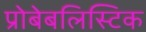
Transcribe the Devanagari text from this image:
प्रोबेबलिस्टिक